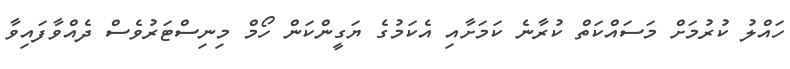
ހައްލު ކުރުމަށް މަސައްކަތް ކުރާނެ ކަމަށާއި އެކަމުގެ ޔަގީންކަން ހޯމް މިނިސްޓަރުވެސް ދެއްވާފައިވާ